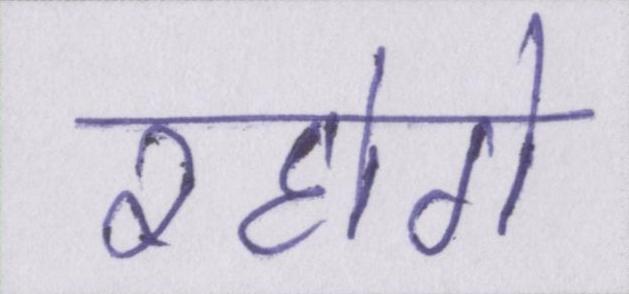
रहोगे